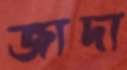
জাদা